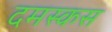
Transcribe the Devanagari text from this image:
दमस्कस